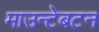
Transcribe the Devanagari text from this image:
माउन्टेबटन